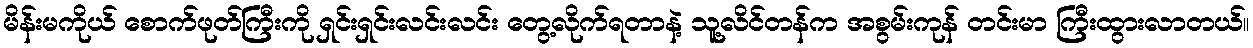
မိန်းမကိုယ် စောက်ဖုတ်ကြီးကို ရှင်းရှင်းလင်းလင်း တွေ့လိုက်ရတာနဲ့ သူ့လိင်တန်က အစွမ်းကုန် တင်းမာ ကြီးထွားလာတယ်။